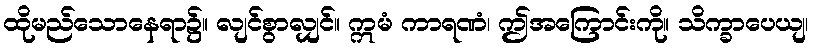
ထိုမည်သောနေရာ၌။ လျင်စွာလျှင်။ ဣမံ ကာရဏံ၊ ဤအကြောင်းကို။ သိက္ခာပေယျ၊